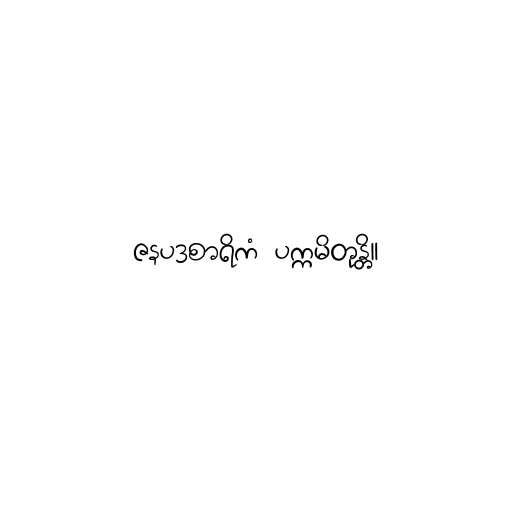
ဇနပဒစာရိကံ ပက္ကမိတုန္တိ။